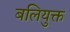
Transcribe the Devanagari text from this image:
बलियुक्त